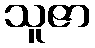
သူဇာ